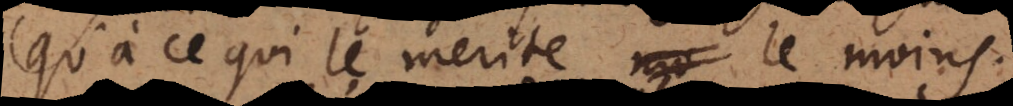
qu’à ce qui le merite le moins.